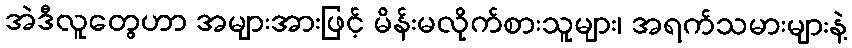
အဲဒီလူတွေဟာ အများအားဖြင့် မိန်းမလိုက်စားသူများ၊ အရက်သမားများနဲ့